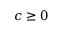
c \ge 0